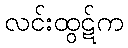
လင်းထွဋ်က